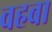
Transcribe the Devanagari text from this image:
वहबा